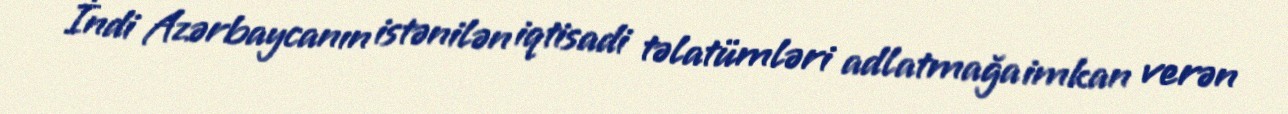
İndi Azərbaycanın istənilən iqtisadi təlatümləri adlatmağa imkan verən